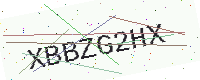
Text: XBBZG2HX